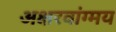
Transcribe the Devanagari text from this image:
अक्षरवांग्मय